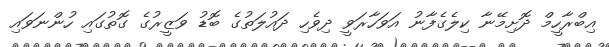
އިބްރާހީމް ދޮށިމޭނާ ކިލެގެފާނު އަވަހާރަވީ ދިވެހި ދައުލަތުގެ ބޮޑު ވަޒީރުގެ ގޮތުގައި ހުންނަވައި